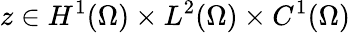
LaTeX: z\in H^{1}(\Omega)\times L^{2}(\Omega)\times C^{1}(\Omega)